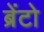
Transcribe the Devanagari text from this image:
ब्रेंटो